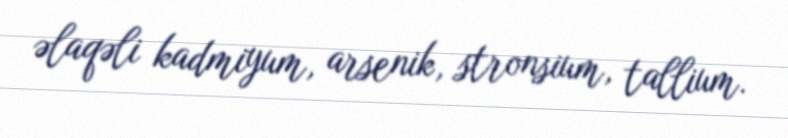
əlaqəli kadmiyum, arsenik, stronsium, tallium.